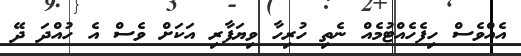
އެއްވެސް ހިފެހެއްޓުމެއް ނެތި ހުރިހާ ވިޔަފާރި އަކަށް ވެސް އެ ހުއްދަ ދޭ